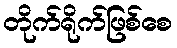
တိုက်ရိုက်ဖြစ်စေ